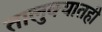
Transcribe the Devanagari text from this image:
तालुक्‍यातही